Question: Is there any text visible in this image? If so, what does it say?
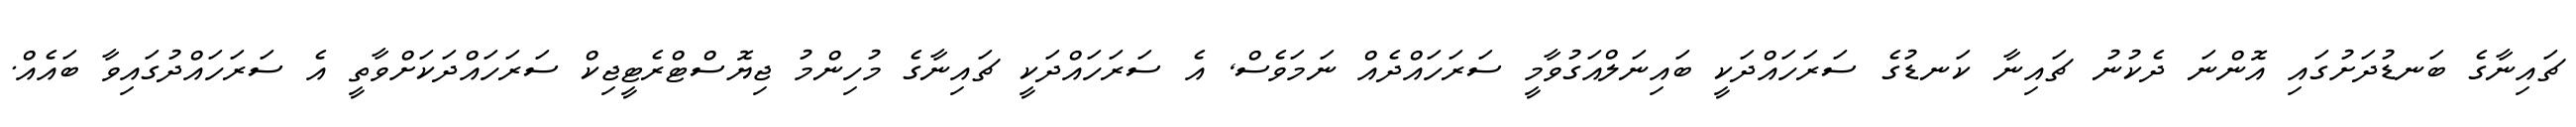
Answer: ޗައިނާގެ ބަނޑުދަށުގައި އޮންނަ ދެކުނު ޗައިނާ ކަނޑުގެ ސަރަހައްދަކީ ބައިނަލްއަގުވާމީ ސަރަހައްދެއް ނަމަވެސް, އެ ސަރަހައްދަކީ ޗައިނާގެ މުހިންމު ޖިޔޮސްޓްރެޓީޖިކް ސަރަހައްދަކަށްވާތީ އެ ސަރަހައްދުގައިވާ ބައެއް.